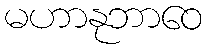
မဟာနုဘာဝေ